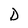
Character: D